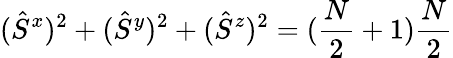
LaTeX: (\hat{S}^{x})^{2}+(\hat{S}^{y})^{2}+(\hat{S}^{z})^{2}=(\frac{N}{2}+1)\frac{N}{2}